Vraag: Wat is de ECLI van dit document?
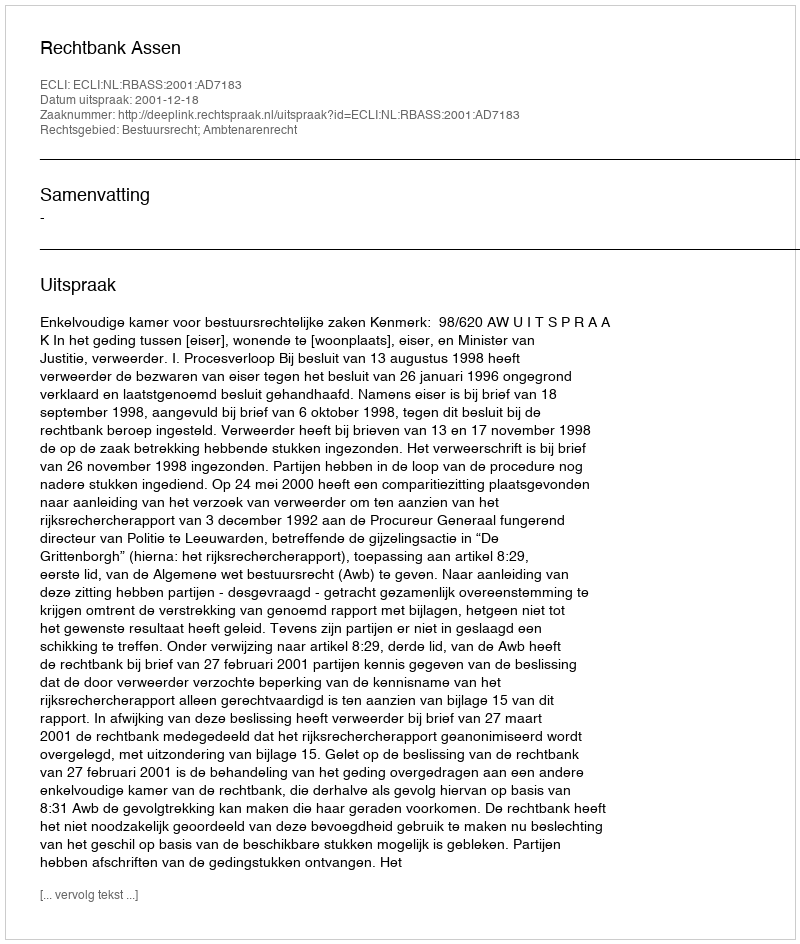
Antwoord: ECLI:NL:RBASS:2001:AD7183